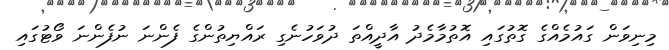
މިނިވަން ގައުމެއްގެ ގޮތުގައި އޮތުމާމެދު އާދީއްތަ ދުވަހުނެގި ރައްޔިތުންގެ ފެންނަ ނުފެންނަ ވޯޓުގައި